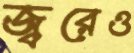
জ্বরেও